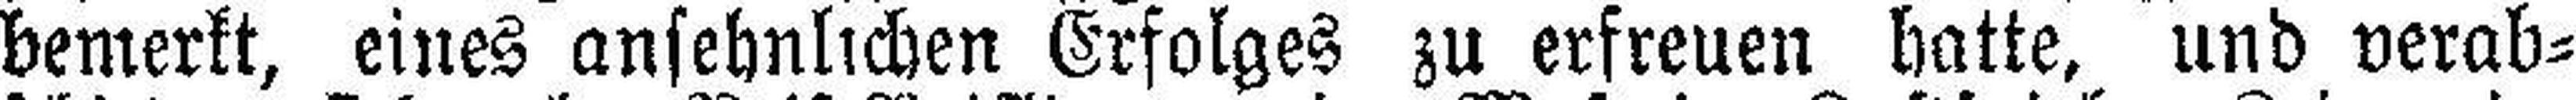
bemerkt, eines ansehnlichen Erfolges zu erfreuen hatte, und verab¬